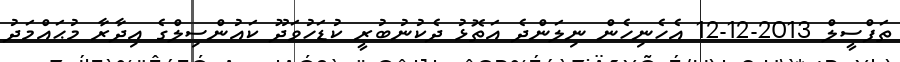
ތަފްސީލް 2013-12-12 އެހެނިހެން ނިލަންދެ އަތޮޅު ދެކުނުބުރީ ކުޑަހުވަދޫ ކައުންސިލްގެ އިދާރާ މުޙައްމަދު